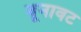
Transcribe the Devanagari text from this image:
बूनावट